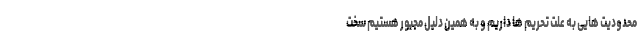
محدودیت هایی به علت تحریم ها داریم و به همین دلیل مجبور هستیم سخت